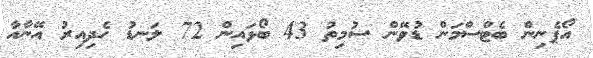
އޯޕެނިން ބެޓްސްމަން ޑުވޭން ސުމިތު 43 ބޯޅައިން 72 ލަނޑު ހެދިއިރު އޭނާއާ